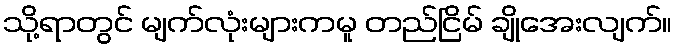
သို့ရာတွင် မျက်လုံးများကမူ တည်ငြိမ် ချိုအေးလျက်။